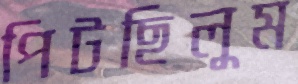
পিটছিলুম